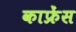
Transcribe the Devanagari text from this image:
काफ्रेंस